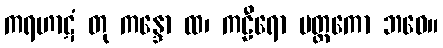
ကရဟာဋံ တု ကန္ဒော ထ၊ ကဠီရော မတ္ထကော ဘဝေ။